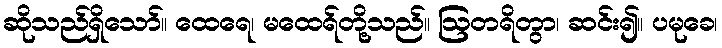
ဆိုသည်ရှိသော်။ ထေရေ၊ မထေရ်တို့သည်။ ဩတရိတွာ၊ ဆင်း၍။ ပမုခေ၊